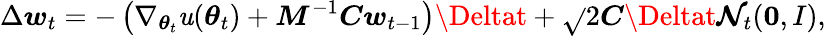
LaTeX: \Delta\boldsymbol{w}_{t}=-\left(\nabla_{\boldsymbol{\theta}_{t}}\mathit{u}(\boldsymbol{\theta}_{t})+\boldsymbol{M}^{-1}\boldsymbol{C}\boldsymbol{w}_{t-1}\right)\Deltat+\sqrt{}{{2\boldsymbol{C}\Deltat}}\boldsymbol{\mathcal{{N}}}_{t}(\boldsymbol{0},I),